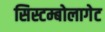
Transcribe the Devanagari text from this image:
सिस्टम्बोलागेट